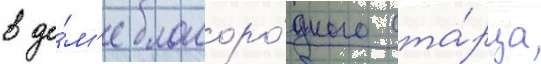
в до́м'е благоро́дного ста́рца